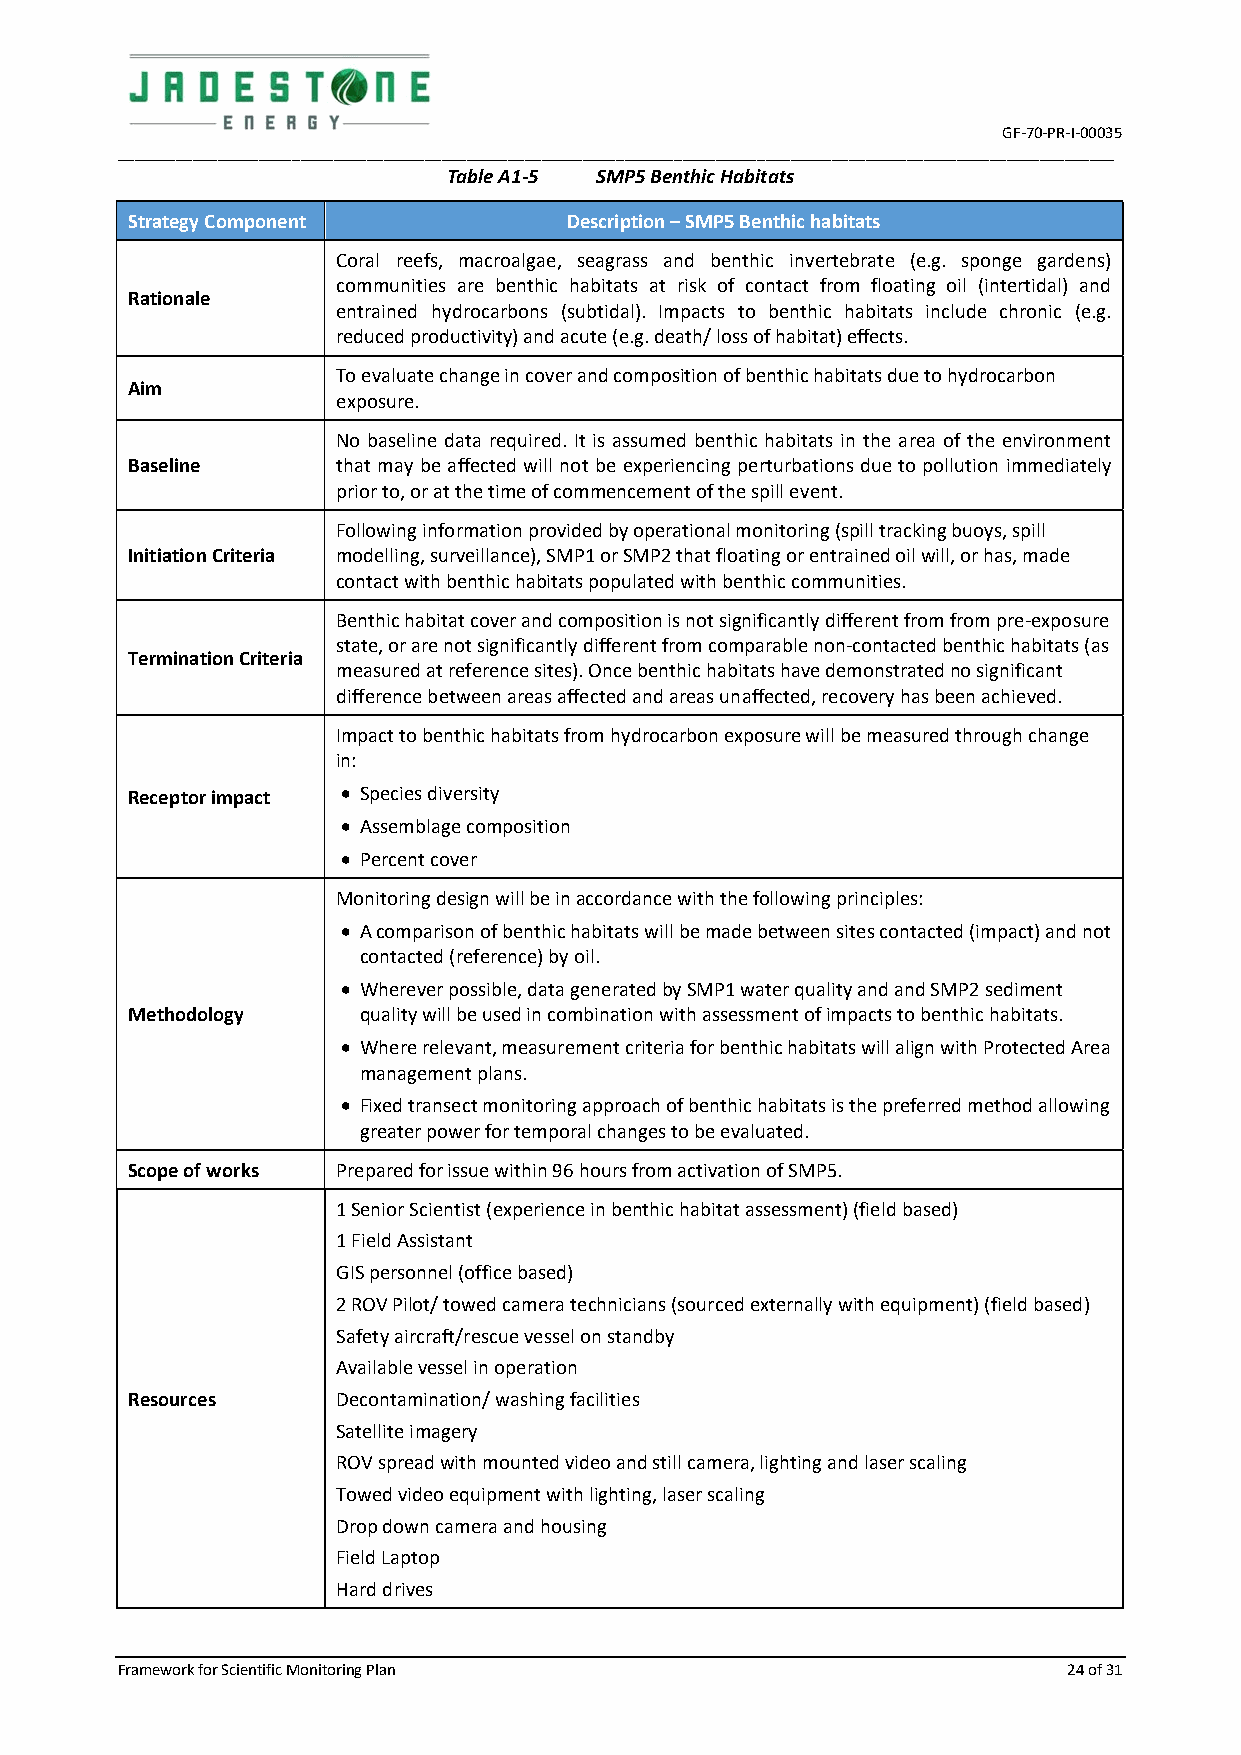
GF-70-PR-I-00035
 ________________________________________________________________________________________________________________________
 Table A1-5 SMP5 Benthic Habitats
 Strategy Component           Description – SMP5 Benthic habitats
 Coral reefs, macroalgae, seagrass and benthic invertebrate (e.g. sponge gardens)
 communities are benthic habitats at risk of contact from floating oil (intertidal) and
 Rationale
 entrained hydrocarbons (subtidal). Impacts to benthic habitats include chronic (e.g.
 reduced productivity) and acute (e.g. death/ loss of habitat) effects.
 To evaluate change in cover and composition of benthic habitats due to hydrocarbon
 Aim
 exposure.
 No baseline data required. It is assumed benthic habitats in the area of the environment
 Baseline      that may be affected will not be experiencing perturbations due to pollution immediately
 prior to, or at the time of commencement of the spill event.
 Following information provided by operational monitoring (spill tracking buoys, spill
 Initiation Criteria modelling, surveillance), SMP1 or SMP2 that floating or entrained oil will, or has, made
 contact with benthic habitats populated with benthic communities.
 Benthic habitat cover and composition is not significantly different from from pre-exposure
 state, or are not significantly different from comparable non-contacted benthic habitats (as
 Termination Criteria
 measured at reference sites). Once benthic habitats have demonstrated no significant
 difference between areas affected and areas unaffected, recovery has been achieved.
 Impact to benthic habitats from hydrocarbon exposure will be measured through change
 in:
 Receptor impact  Species diversity
  Assemblage composition
  Percent cover
 Monitoring design will be in accordance with the following principles:
  A comparison of benthic habitats will be made between sites contacted (impact) and not
 contacted (reference) by oil.
  Wherever possible, data generated by SMP1 water quality and and SMP2 sediment
 Methodology     quality will be used in combination with assessment of impacts to benthic habitats.
  Where relevant, measurement criteria for benthic habitats will align with Protected Area
 management plans.
  Fixed transect monitoring approach of benthic habitats is the preferred method allowing
 greater power for temporal changes to be evaluated.
 Scope of works Prepared for issue within 96 hours from activation of SMP5.
 1 Senior Scientist (experience in benthic habitat assessment) (field based)
 1 Field Assistant
 GIS personnel (office based)
 2 ROV Pilot/ towed camera technicians (sourced externally with equipment) (field based)
 Safety aircraft/rescue vessel on standby
 Available vessel in operation
 Resources     Decontamination/ washing facilities
 Satellite imagery
 ROV spread with mounted video and still camera, lighting and laser scaling
 Towed video equipment with lighting, laser scaling
 Drop down camera and housing
 Field Laptop
 Hard drives
 Framework for Scientific Monitoring Plan                       24 of 31